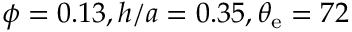
\phi = 0 . 1 3 , h / a = 0 . 3 5 , \theta _ { \mathrm { { e } } } = 7 2